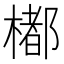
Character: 𣛭